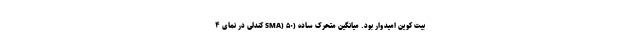
بیت کوین امیدوار بود. میانگین متحرک ساده (SMA) ۵۰ کندلی در نمای ۴